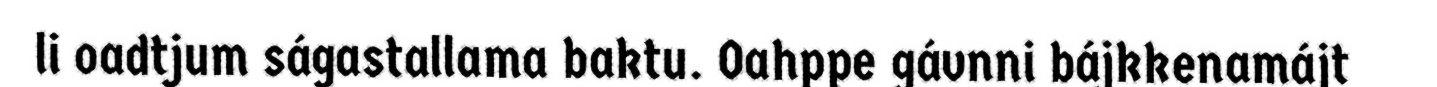
li oadtjum ságastallama baktu. Oahppe gávnni bájkkenamájt